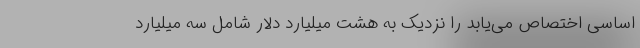
اساسی اختصاص می‌یابد را نزدیک به هشت میلیارد دلار شامل سه میلیارد